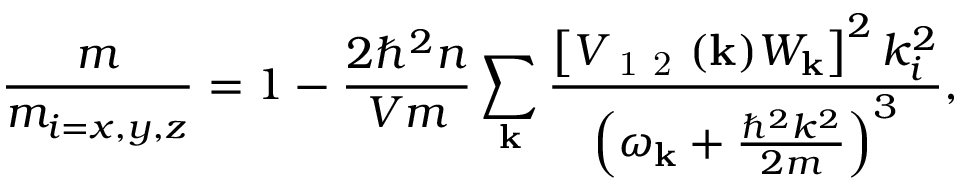
\frac { m } { m _ { i = { x , y , z } } } = 1 - \frac { 2 \hbar ^ { 2 } n } { V m } \sum _ { \mathbf { k } } \frac { \left[ V _ { \mathrm { ~ 1 ~ 2 ~ } } ( \mathbf { k } ) W _ { \mathbf { k } } \right] ^ { 2 } k _ { i } ^ { 2 } } { \left( \omega _ { \mathbf { k } } + \frac { \hbar ^ { 2 } k ^ { 2 } } { 2 m } \right) ^ { 3 } } ,